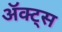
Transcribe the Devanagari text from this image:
ॲक्ट्स